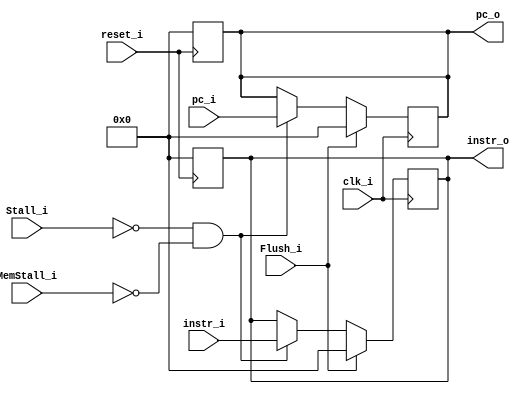
module IF_ID_Registers
(
    clk_i,
    reset_i,
    Stall_i,
    Flush_i,
    instr_i,
    pc_i,
    MemStall_i,
    instr_o,
    pc_o
);

    parameter width = 32;

    input                      clk_i;
    input                      reset_i;
    input                      Stall_i;
    input                      Flush_i;
    input   [width - 1: 0]     instr_i;
    input   [width - 1: 0]     pc_i;
    input                      MemStall_i;
    output  [width - 1: 0]     instr_o;
    output  [width - 1: 0]     pc_o;

    reg     [width - 1: 0]     instr_o;
    reg     [width - 1: 0]     pc_o;

    always @ (posedge reset_i) begin
        pc_o    <= 32'b0;
        instr_o <= 32'b0;
    end

    always @ (posedge clk_i) begin
        if (Flush_i) begin
            pc_o    <= 32'b0;
            instr_o <= 32'b0;
        end
        else if (~Stall_i && ~MemStall_i) begin
            pc_o    <= pc_i;
            instr_o <= instr_i;
        end
    end

endmodule